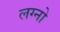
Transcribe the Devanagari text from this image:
लग्नो